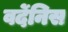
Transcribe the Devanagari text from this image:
वर्देनिस